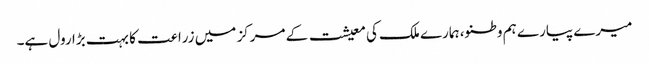
میرے پیارے ہم وطنو، ہمارے ملک کی معیشت کے مرکز میں زراعت کا بہت بڑا رول ہے۔